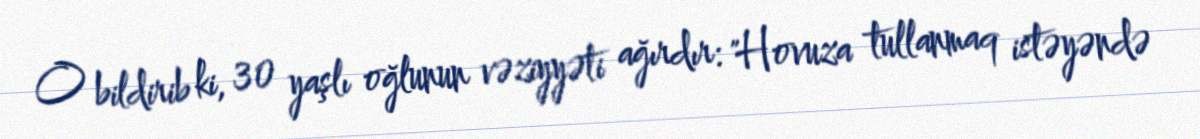
O bildirib ki, 30 yaşlı oğlunun vəziyyəti ağırdır: "Hovuza tullanmaq istəyəndə